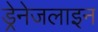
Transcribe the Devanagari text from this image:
ड्रेनेजलाइन